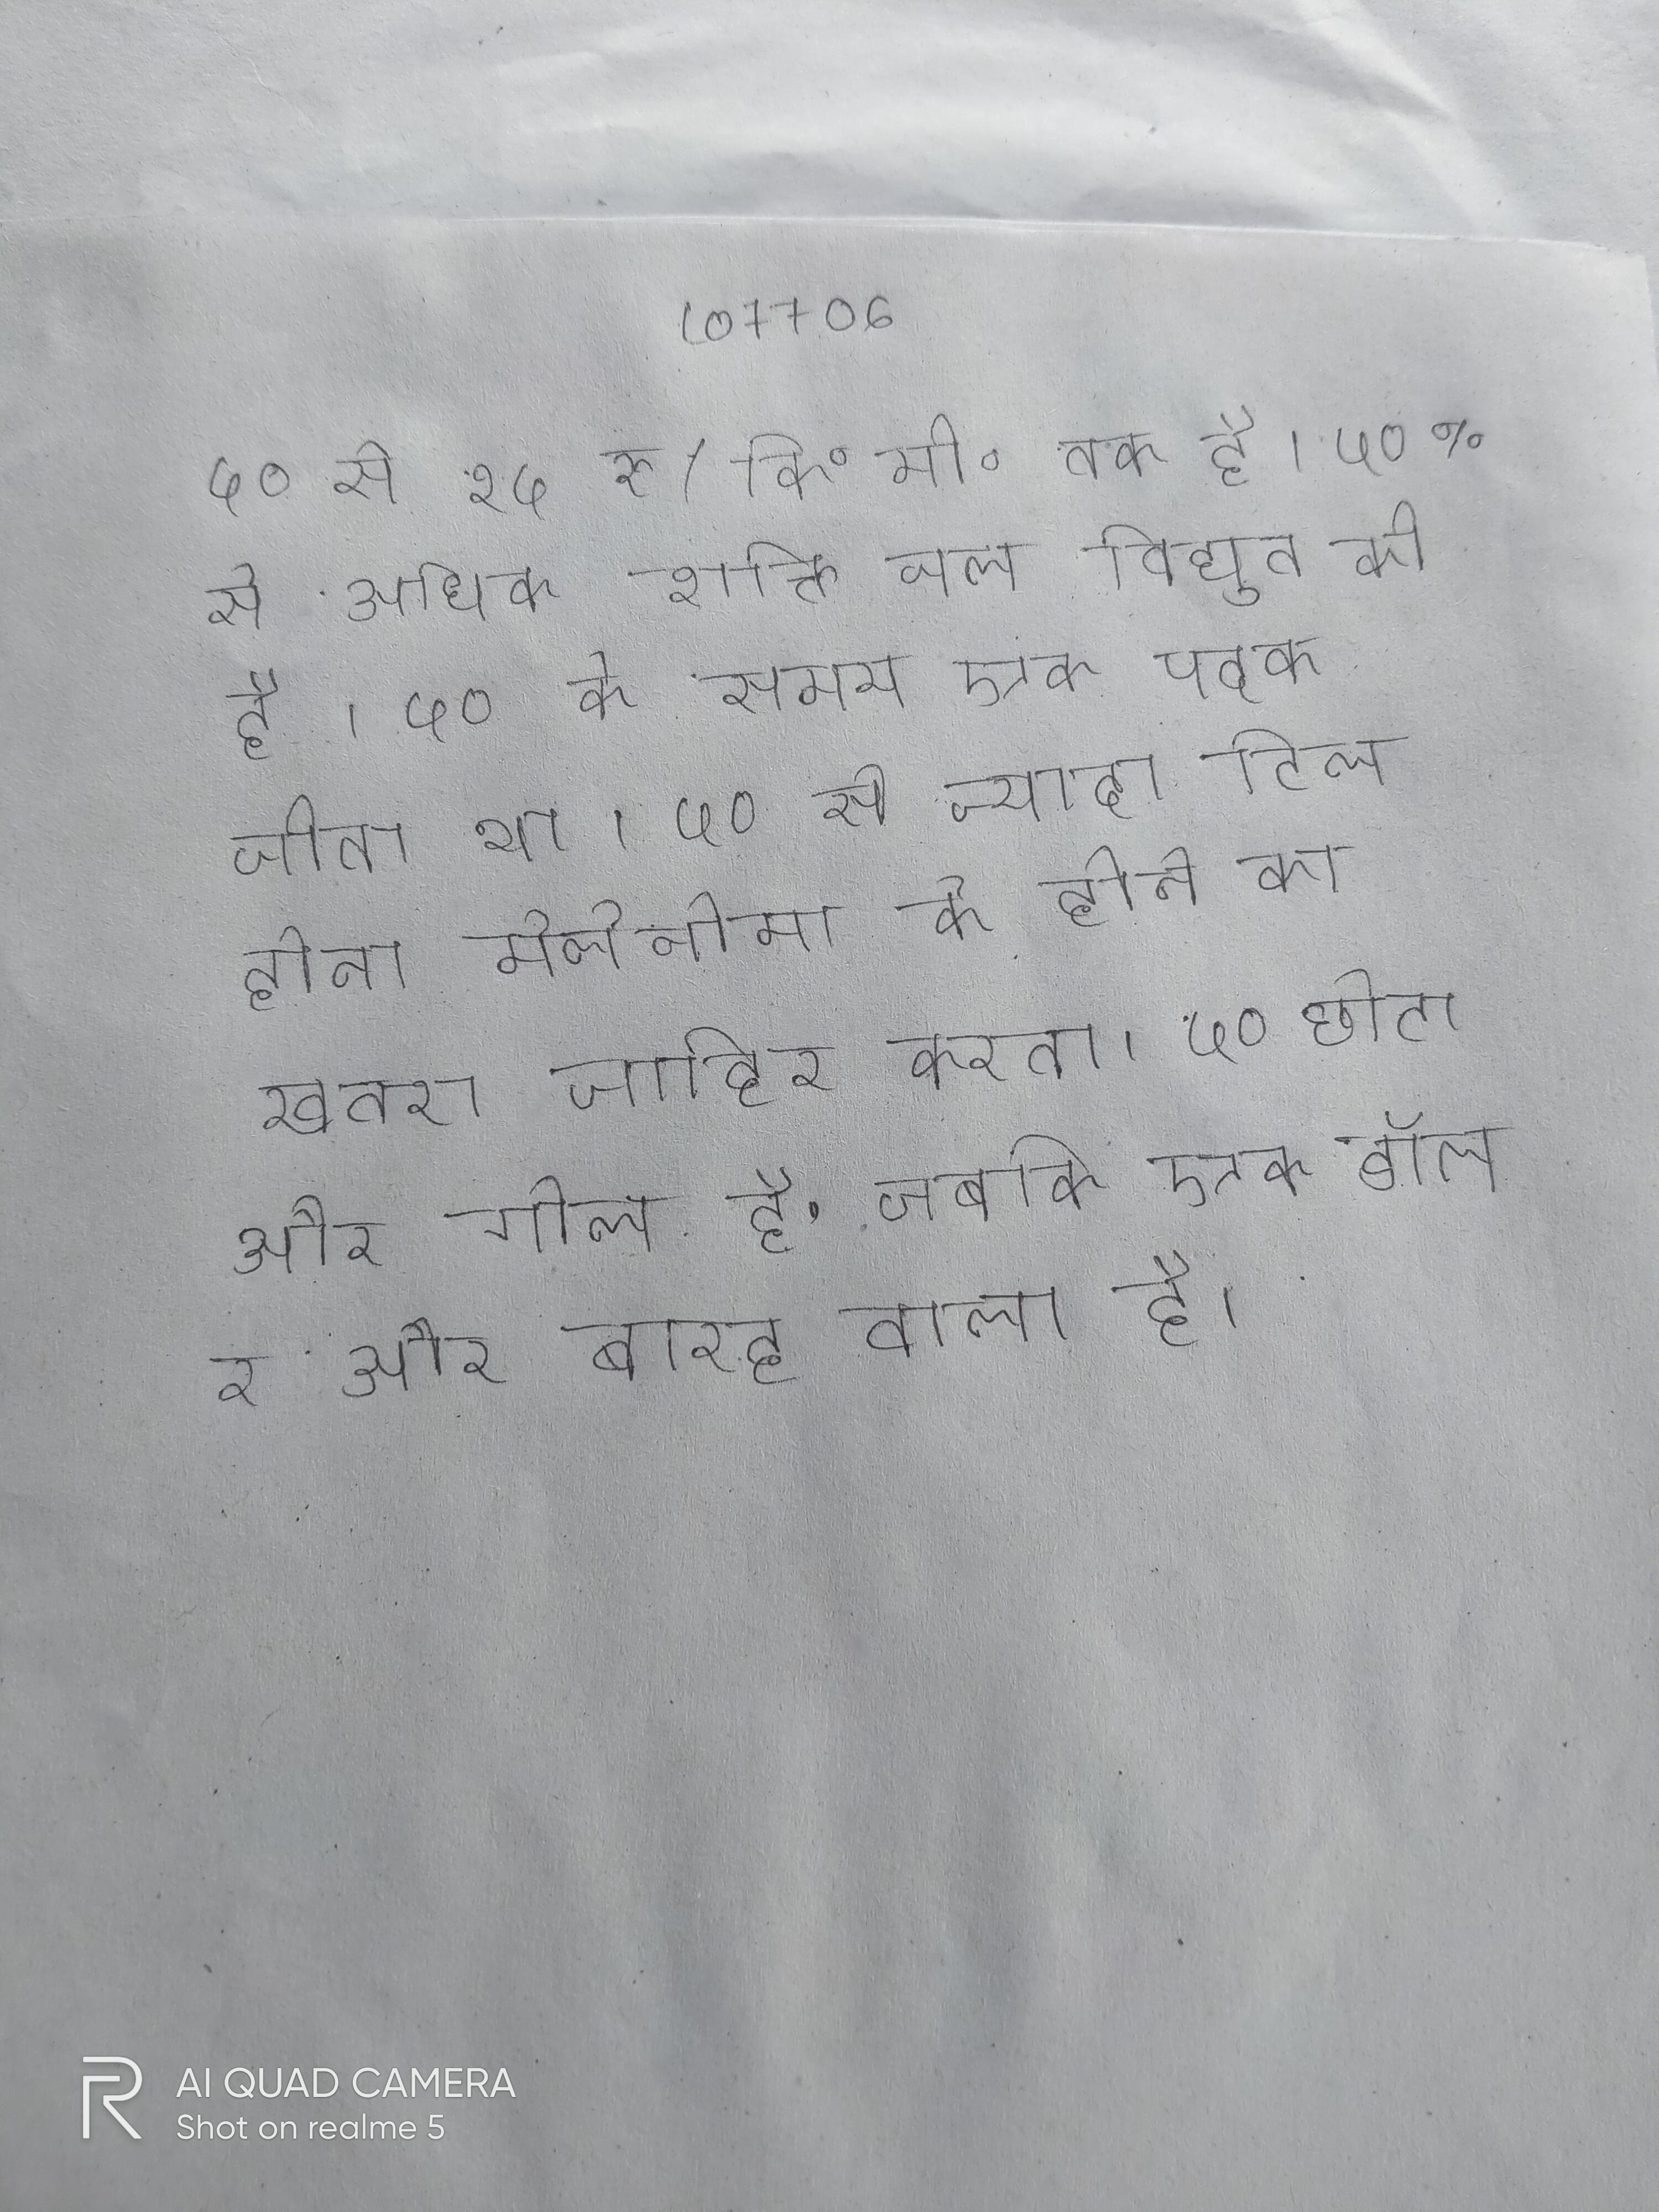
५० से १५ रु/कि॰मी॰ तक है । ५०% से अधिक शक्ति जल विद्युत की है । ५० के समय एक पदक जीता था । ५० से ज्यादा टिल होना मेलेनोमा के होने का खतरा जाहिर करता । ५० छोटा और गोल है, जबकि एक डॉलर और बारह वाला है ।